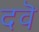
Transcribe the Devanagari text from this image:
दवॆ